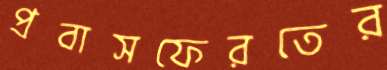
প্রবাসফেরতের